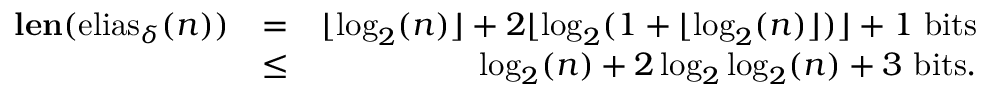
\begin{array} { r l r } { { \mathbf { l e n } ( \mathrm { e l i a s } _ { \delta } ( n ) ) } } & { = } & { \lfloor \log _ { 2 } ( n ) \rfloor + 2 \lfloor \log _ { 2 } ( 1 + \lfloor \log _ { 2 } ( n ) \rfloor ) \rfloor + 1 \mathrm { ~ b i t s } } \\ & { \leq } & { \log _ { 2 } ( n ) + 2 \log _ { 2 } \log _ { 2 } ( n ) + 3 \mathrm { ~ b i t s } . } \end{array}